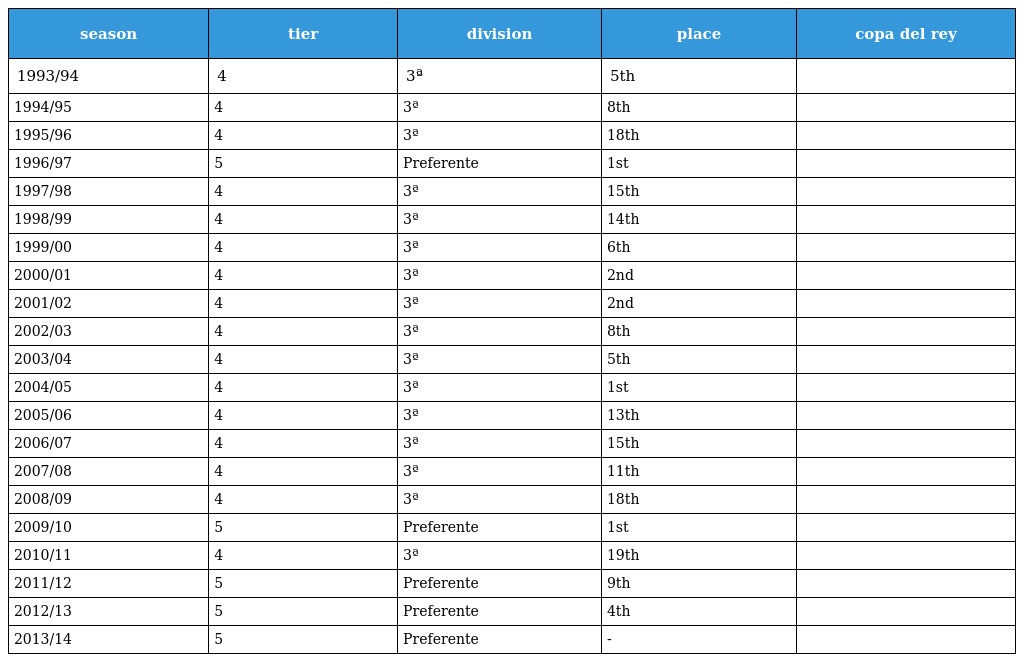
| season | tier | division | place | copa del rey |
 | --- | --- | --- | --- | --- |
 | 1993/94 | 4 | 3ª | 5th |  |
 | 1994/95 | 4 | 3ª | 8th |  |
 | 1995/96 | 4 | 3ª | 18th |  |
 | 1996/97 | 5 | Preferente | 1st |  |
 | 1997/98 | 4 | 3ª | 15th |  |
 | 1998/99 | 4 | 3ª | 14th |  |
 | 1999/00 | 4 | 3ª | 6th |  |
 | 2000/01 | 4 | 3ª | 2nd |  |
 | 2001/02 | 4 | 3ª | 2nd |  |
 | 2002/03 | 4 | 3ª | 8th |  |
 | 2003/04 | 4 | 3ª | 5th |  |
 | 2004/05 | 4 | 3ª | 1st |  |
 | 2005/06 | 4 | 3ª | 13th |  |
 | 2006/07 | 4 | 3ª | 15th |  |
 | 2007/08 | 4 | 3ª | 11th |  |
 | 2008/09 | 4 | 3ª | 18th |  |
 | 2009/10 | 5 | Preferente | 1st |  |
 | 2010/11 | 4 | 3ª | 19th |  |
 | 2011/12 | 5 | Preferente | 9th |  |
 | 2012/13 | 5 | Preferente | 4th |  |
 | 2013/14 | 5 | Preferente | - |  |